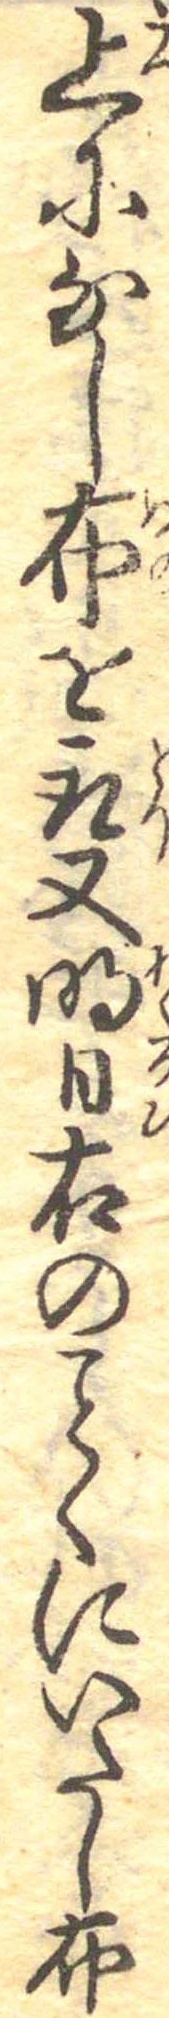
上になし布を取又明日右のくにいたし布